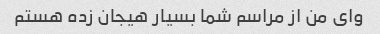
وای من از مراسم شما بسیار هیجان زده هستم